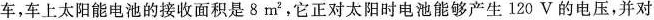
车，车上太阳能电池的接收面积是8m^{2}，它正对太阳时电池能够产生120V的电压，并对